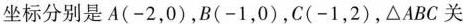
坐标分别是A(-2，0)，B(-1，0)，C(-1，2)，\triangle ABC关